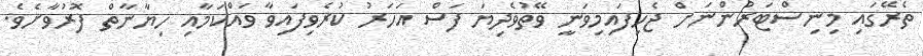
ތެރޭގައި މިނިސްޓަރުންނަށް ޖެހިފައިމިވަނީ ވޭތުވެދިޔަ ފަސް އަހަރު ކުރެވިފައިވާ ވައްކަމާއި ހިޔާނާތް ފޮރުވާށެވެ.